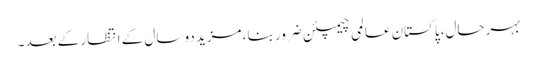
بہرحال، پاکستان عالمی چیمپئن ضرور بنا، مزید دو سال کے انتظار کے بعد۔